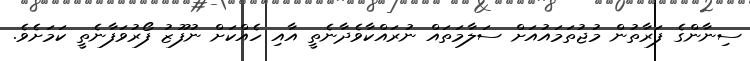
ސިނާންގެ ފަރާތުން މުޖުތަމައުއަށް ސަލާމަތައް ނުރައްކާވެދާނެތީ އާއި ހެއްކަށް ނުފޫޒު ފޯރުވަފާނެތީ ކަމަށެވެ.